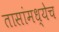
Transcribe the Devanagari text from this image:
तासांमध्येच